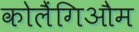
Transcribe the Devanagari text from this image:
कोलैंगिऔम